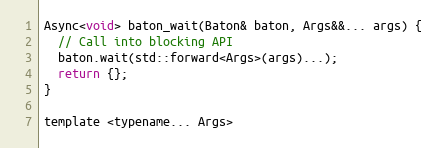
Language: C
Async<void> baton_wait(Baton& baton, Args&&... args) {
  // Call into blocking API
  baton.wait(std::forward<Args>(args)...);
  return {};
}

template <typename... Args>